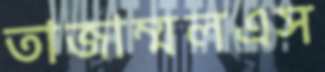
তাজাম্মলএস